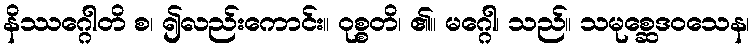
နိဿဂ္ဂေါတိ စ၊ ၍လည်းကောင်း။ ဝုစ္စတိ၊ ၏။ မဂ္ဂေါ၊ သည်။ သမုစ္ဆေဒဝသေန၊